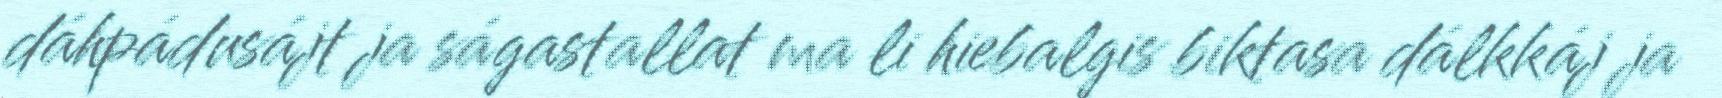
dáhpádusájt ja ságastallat ma li hiebalgis biktasa dálkkáj ja